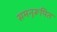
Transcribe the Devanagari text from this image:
समनुरूपित